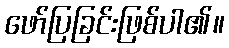
ဖော်ပြခြင်းဖြစ်ပါ၏။